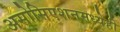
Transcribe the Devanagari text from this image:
असोसिएशनमध्येही